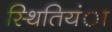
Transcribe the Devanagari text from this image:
स्थितियंा